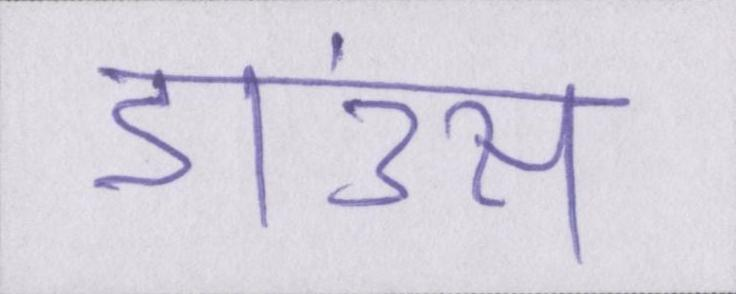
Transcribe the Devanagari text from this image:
डाउंस